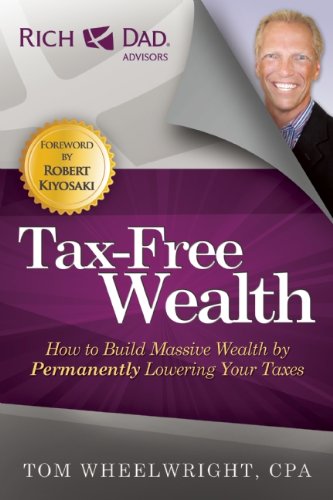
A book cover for Tax-Free Wealth: How to Build Massive Wealth by Permanently Lowering Your Taxes (Rich Dad Advisors); Tom Wheelwright; Business & Money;